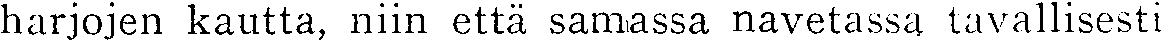
harjojen kautta, niin että samassa navetassa tavallisesti